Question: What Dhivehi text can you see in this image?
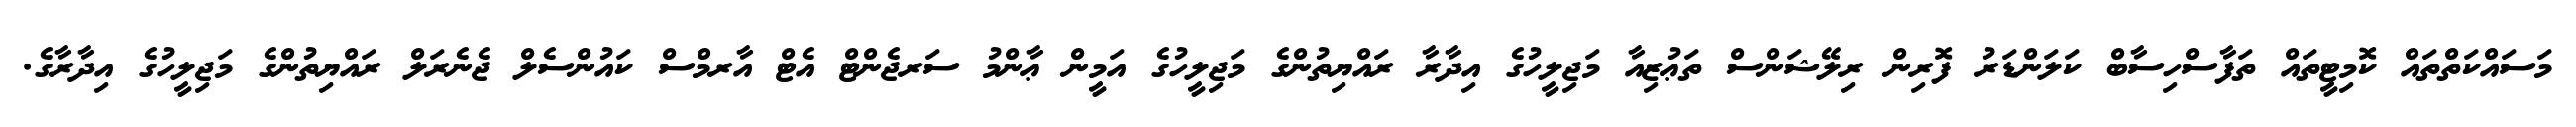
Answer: މަސައްކަތްތައް ކޮމިޓީތައް ތަފާސްހިސާބް ކަލަންޑަރު ފޮރިން ރިލޭޝަންސް ތަޢުޒިއާ މަޖިލީހުގެ އިދާރާ ރައްޔިތުންގެ މަޖިލީހުގެ އަމީން ޢާންމު ސަރޖެންޓް އެޓް އާރމްސް ކައުންސެލް ޖެނެރަލް ރައްޔިތުންގެ މަޖިލީހުގެ އިދާރާގެ.